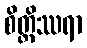
စိတ္တိဿရာ